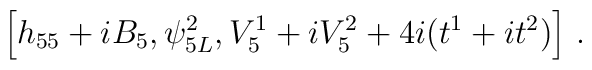
\left[h_{55}+i B_5, \psi_{5 L}^2,V_5^1+i V_5^2+4i(t^1+i t^2)\right]\, .